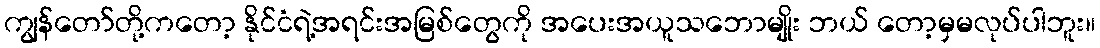
ကျွန်တော်တို့ကတော့ နိုင်ငံရဲ့အရင်းအမြစ်တွေကို အပေးအယူသဘောမျိုး ဘယ် တော့မှမလုပ်ပါဘူး။